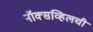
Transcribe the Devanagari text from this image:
नॉक्सव्हिलची